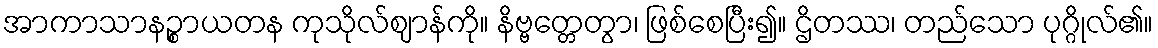
အာကာသာနဉ္စာယတန ကုသိုလ်ဈာန်ကို။ နိဗ္ဗတ္တေတွာ၊ ဖြစ်စေပြီး၍။ ဌိတဿ၊ တည်သော ပုဂ္ဂိုလ်၏။